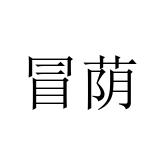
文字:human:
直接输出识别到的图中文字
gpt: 冒荫